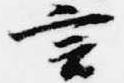
言